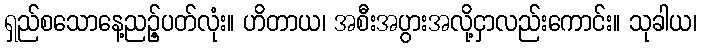
ရှည်စသောနေ့ညဉ့်ပတ်လုံး။ ဟိတာယ၊ အစီးအပွားအလို့ငှာလည်းကောင်း။ သုခါယ၊